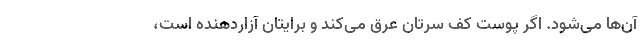
آن­ها می­شود. اگر پوست کف سرتان عرق می­کند و برایتان آزاردهنده است،